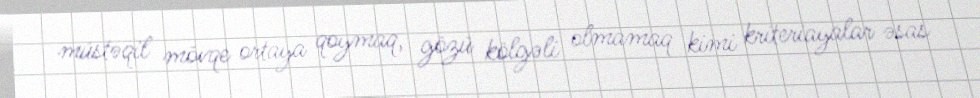
müstəqil mövqe ortaya qoymaq, gözü kölgəli olmamaq kimi kriteriayalar əsas